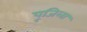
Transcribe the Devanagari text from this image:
पूजिला